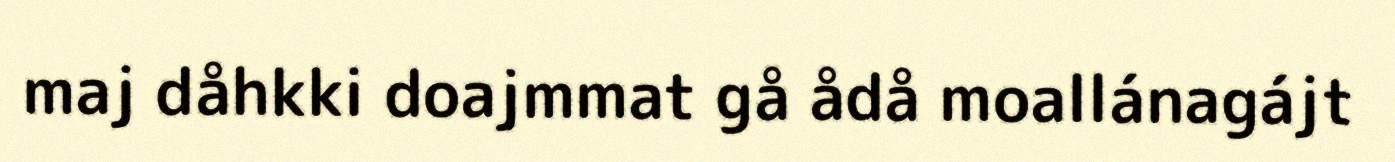
maj dåhkki doajmmat gå ådå moallánagájt